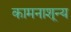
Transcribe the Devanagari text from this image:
कामनाशून्य